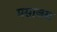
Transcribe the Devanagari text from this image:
मसाजस